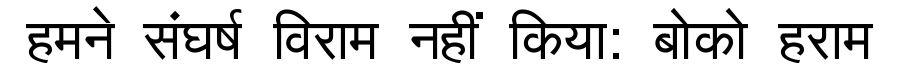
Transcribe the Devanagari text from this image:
हमने संघर्ष विराम नहीं किया: बोको हराम